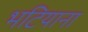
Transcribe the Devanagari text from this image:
भटियाना